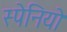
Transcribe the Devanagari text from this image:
स्पेनियो